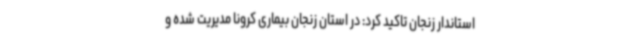
استاندار زنجان تاکید کرد: در استان زنجان بیماری کرونا مدیریت شده و